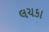
લચકા